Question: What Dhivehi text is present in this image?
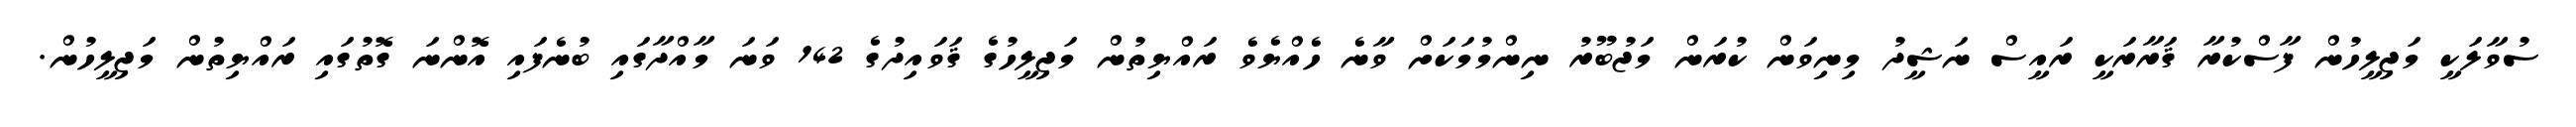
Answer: ސުވާލަކީ މަޖިލީހުން ފާސްކުރާ ޤަރާރަކީ ރައީސް ނަޝީދު މިނިވަން ކުރަން މަޖުބޫރު ނިންމުމަކަށް ވާނެ ހެއްޔެވެ ރައްޔިތުން މަޖިލީހުގެ ޤަވައިދުގެ 142 ވަނަ މާއްދާގައި ބުނެފައި އޮންނަ ގޮތުގައި ރައްޔިތުން މަޖިލީހުން.